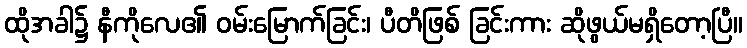
ထိုအခါ၌ နီကိုလေ၏ ဝမ်းမြောက်ခြင်း၊ ပီတိဖြစ် ခြင်းကား ဆိုဖွယ်မရှိတော့ပြီ။